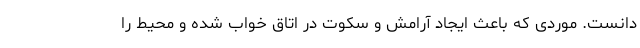
دانست. موردی که باعث ایجاد آرامش و سکوت در اتاق خواب شده و محیط را